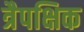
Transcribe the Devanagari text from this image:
त्रैपक्षिक